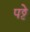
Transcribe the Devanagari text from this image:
पट्ठे